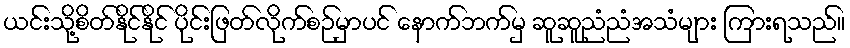
ယင်းသို့စိတ်နိုင်နိုင် ပိုင်းဖြတ်လိုက်စဉ်မှာပင် နောက်ဘက်မှ ဆူဆူညံညံအသံများ ကြားရသည်။